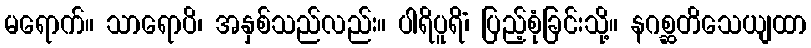
မရောက်။ သာရောပိ၊ အနှစ်သည်လည်း။ ပါရိပူရိံ၊ ပြည့်စုံခြင်းသို့။ နဂစ္ဆတိသေယျထာ